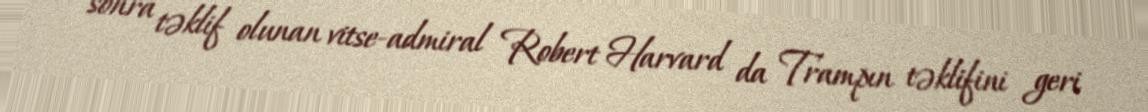
sonra təklif olunan vitse-admiral Robert Harvard da Trampın təklifini geri